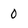
Character: 0